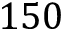
1 5 0